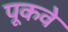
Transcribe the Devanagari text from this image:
पूकवे